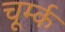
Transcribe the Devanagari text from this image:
चूर्म्क